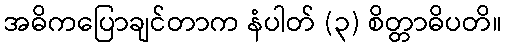
အဓိကပြောချင်တာက နံပါတ် (၃) စိတ္တာဓိပတိ။